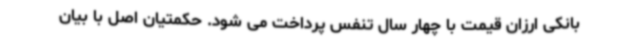
بانکی ارزان قیمت با چهار سال تنفس پرداخت می شود. حکمتیان اصل با بیان